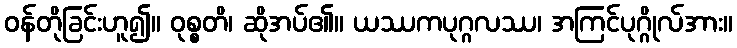
ဝန်တိုခြင်းဟူ၍။ ဝုစ္စတိ၊ ဆိုအပ်၏။ ယဿကပုဂ္ဂလဿ၊ အကြင်ပုဂ္ဂိုလ်အား။